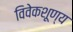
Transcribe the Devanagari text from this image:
विवेकशूण्य